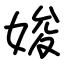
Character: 㛖